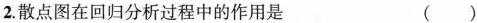
2.散点图在回归分析过程中的作用是 ()